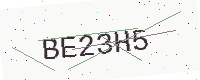
Text: BE23H5